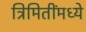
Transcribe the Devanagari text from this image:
त्रिमितींमध्ये